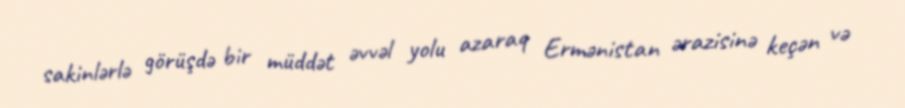
sakinlərlə görüşdə bir müddət əvvəl yolu azaraq Ermənistan ərazisinə keçən və